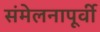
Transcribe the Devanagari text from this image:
संमेलनापूर्वी